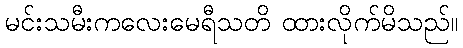
မင်းသမီးကလေးမေရီသတိ ထားလိုက်မိသည်။